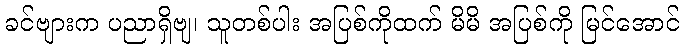
ခင်ဗျားက ပညာရှိဗျ၊ သူတစ်ပါး အပြစ်ကိုထက် မိမိ အပြစ်ကို မြင်အောင်